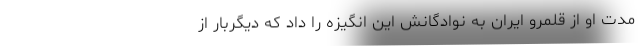
مدت او از قلمرو ایران به نوادگانش این انگیزه را داد که دیگربار از